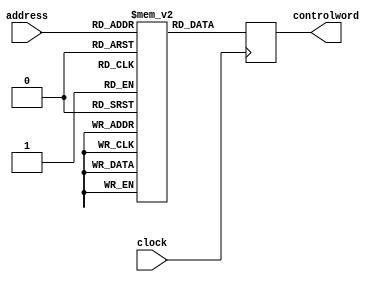
module controlstore (address, clock, controlword);
input [4:0] address;
input clock;
output [24:0] controlword;
reg [24:0] controlword;
reg [24:0] rom [0:31];
//define the ROM data (control word) stored at each address (address <-> state ID)
//format of control word:
//asrccntl_adestcntl_bsrccntl_bdestcntl_alucntl_memcntl_irecntl_nssel_dbin
initial
begin
rom [0] = 25 'b011_00_000_000_001_010_0_00_10111;		//start0
rom [1] = 25 'b011_00_000_000_001_001_0_00_00010;    	//abdm1
rom [2] = 25 'b101_11_000_000_000_000_0_00_00011;		//abdm2
rom [3] = 25 'b010_00_111_000_010_000_0_00_00100;		//abdm3
rom [4] = 25 'b101_01_000_000_000_001_0_10_00000;		//abdm4
rom [5] = 25 'b000_00_010_100_000_101_0_10_00000;		//adrm1
rom [6] = 25 'b011_00_000_000_001_010_0_00_00111;		//brzz3
rom [7] = 25 'b000_00_101_011_000_000_1_01_00000;		//brzz2
rom [8] = 25 'b110_00_101_011_100_000_1_01_00000;		//ldrm2
rom [9] = 25 'b010_00_000_000_001_010_0_11_00110;		//brzz1
rom [10] = 25 'b011_00_111_101_001_010_0_00_01000;	//ldrm1
rom [11] = 25 'b001_00_110_000_100_111_0_00_00110;	//strm1
rom [12] = 25 'b001_00_111_000_110_000_0_00_01101;	//oprm1
rom [13] = 25 'b101_00_110_000_000_111_0_00_00110;	//oprm2
rom [14] = 25 'b011_00_111_100_001_010_0_00_01000;	//test1
rom [15] = 25 'b011_00_010_101_001_010_0_00_01000;	//ldrr1
rom [16] = 25 'b011_00_001_110_001_010_0_00_01000;	//strr1
rom [17] = 25 'b001_00_010_000_110_000_0_00_10010;	//oprr1
rom [18] = 25 'b011_00_101_010_001_010_0_00_00111;	//oprr2
rom [19] = 25 'b010_00_000_000_001_001_0_00_10100;	//popr1
rom [20] = 25 'b101_10_111_001_000_000_0_00_00110;	//popr2
rom [21] = 25 'b010_00_000_000_011_000_0_00_10110;	//push1
rom [22] = 25 'b001_00_101_010_000_111_0_00_00110;	//push2
rom [23] = 25 'b101_11_000_000_000_000_1_01_00000;	//start1
//contents at remaining ROM addresses are not used and are left undefined
end
 initial
//initialize the value of control word register
controlword = 25 'b000_00_000_000_000_000_0_00_00000;
always@(posedge clock)
controlword <=  rom [address];
endmodule